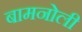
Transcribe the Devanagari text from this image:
बामनोली